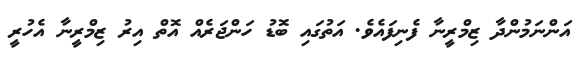
އަންނަމުންދާ ޒިމްރީނާ ފެނިފައެވެ. އަތުގައި ބޮޑު ހަންޖަރެއް އޮތް އިރު ޒިމްރީނާ އެހުރީ